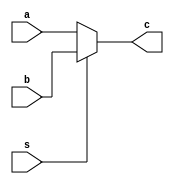
// Amirhossein Chami
module Mux (a,b,s,c);

    input [31:0]a,b;
    input s;
    output [31:0]c;

    assign c = (~s) ? a : b ;
    
endmodule